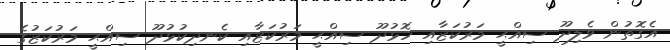
އެގޮތުން ވެލިދޫ ސިއްޙީ މަރުކަޒާއި ހޮޅުދޫ ސިއްޙީ މަރުކަޒާއި ކެނދިކުޅުދޫ ސިއްޙީ މަރުކަޒުގެ